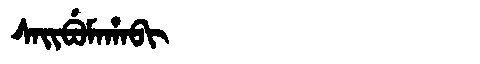
Manchu: ᠰᠠᡳᠪᡠᠮᠠᡥᠠᠪᡳ
Romanization: SAIBUMAHABI